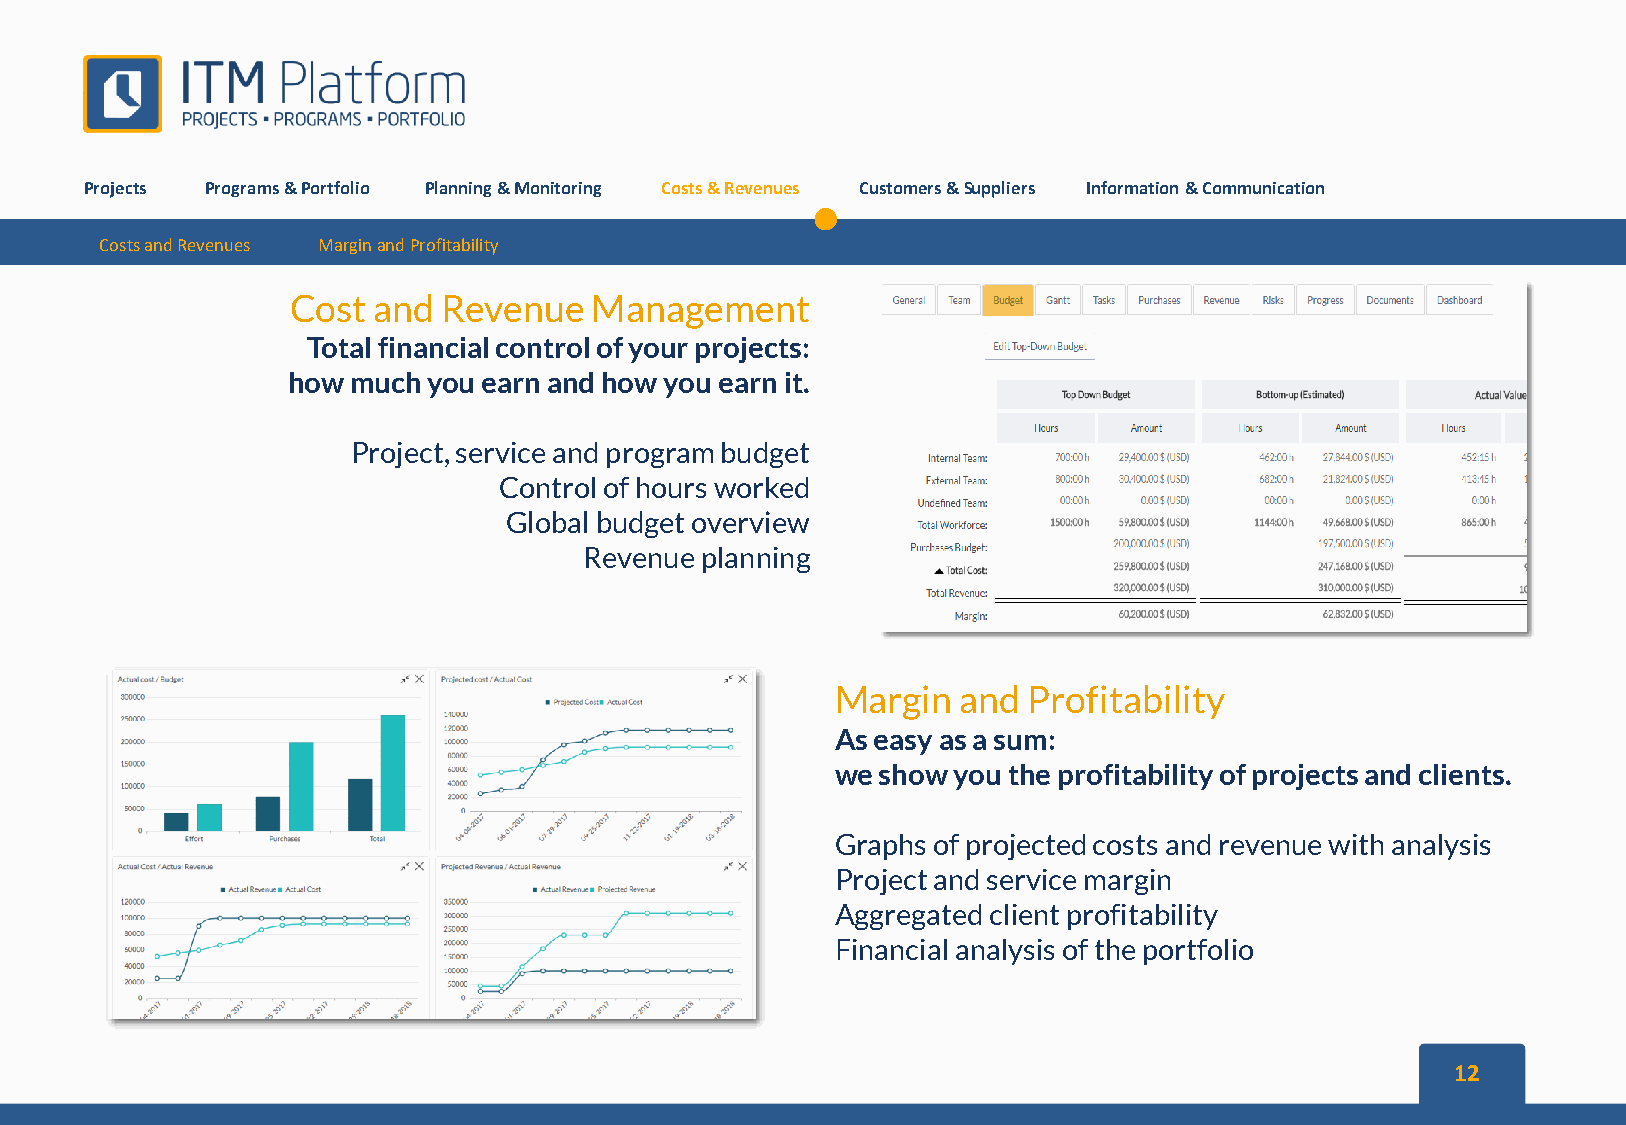
Projects Programs&Portfolio Planning&Monitoring Costs&Revenues Customers&Suppliers Information&Communication
 CostsandRevenues MarginandProfitability
 Cost  and Revenue   Management
 Total financial control of your projects:
 how much you earn and how you earn it.
 Project, service and program budget
 Control of hours worked
 Global budget overview
 Revenue planning
 Margin   and Profitability
 As easy as a sum:
 we show you the profitability of projects and clients.
 Graphs of projected costs and revenue with analysis
 Project and service margin
 Aggregated client profitability
 Financial analysis of the portfolio
 12